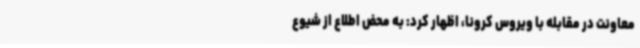
معاونت در مقابله با ویروس کرونا، اظهار کرد: به محض اطلاع‌ از شیوع